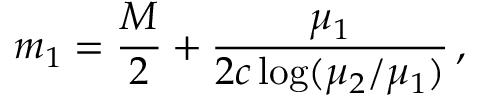
m _ { 1 } = \frac { M } { 2 } + \frac { \mu _ { 1 } } { 2 c \log ( \mu _ { 2 } / \mu _ { 1 } ) } \, ,